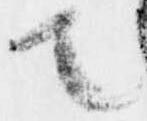
て